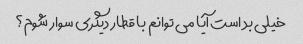
خیلی بد است آیا می توانم با قطار دیگری سوار شوم؟